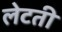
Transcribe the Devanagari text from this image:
लेटती